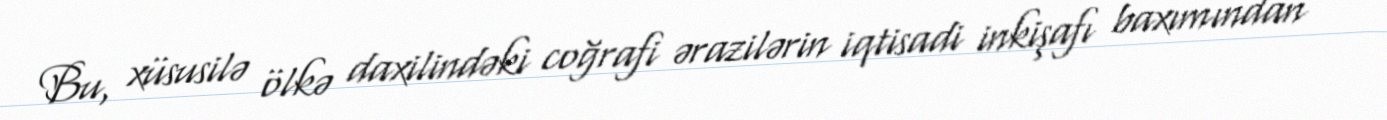
Bu, xüsusilə ölkə daxilindəki coğrafi ərazilərin iqtisadi inkişafı baxımından